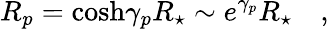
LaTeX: R_{p}=\cosh\! \gamma_{p}R_{\star}\sim e^{\gamma_{p}}R_{\star}\quad,